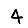
Digit: 4